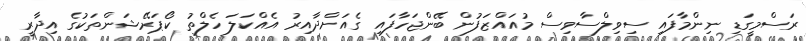
ރަސްމީގަޑި ނިންމާފައި ސިވިލްސާވިސް މުއައްޒަފުން ބޭންޖަހާފައި ގެއަށްދާއިރު އެއްކަލަ ހެލްތު ކޯޕަރޭޝަންތަކުގެ އިދާރީ